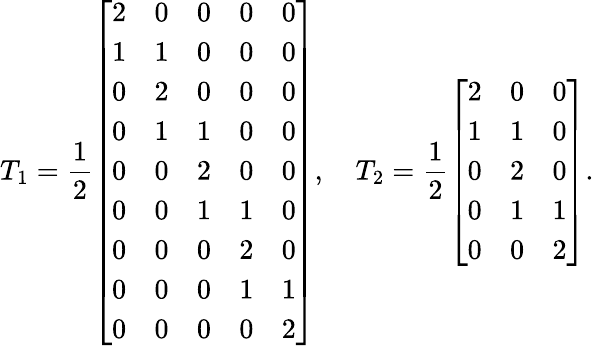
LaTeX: T_{1}=\frac{1}{2}\left[\begin{array}{lllll}{2}&{0}&{0}&{0}&{0}\\ {1}&{1}&{0}&{0}&{0}\\ {0}&{2}&{0}&{0}&{0}\\ {0}&{1}&{1}&{0}&{0}\\ {0}&{0}&{2}&{0}&{0}\\ {0}&{0}&{1}&{1}&{0}\\ {0}&{0}&{0}&{2}&{0}\\ {0}&{0}&{0}&{1}&{1}\\ {0}&{0}&{0}&{0}&{2}\end{array}\right],\quad T_{2}=\frac{1}{2}\left[\begin{array}{lll}{2}&{0}&{0}\\ {1}&{1}&{0}\\ {0}&{2}&{0}\\ {0}&{1}&{1}\\ {0}&{0}&{2}\end{array}\right].